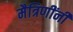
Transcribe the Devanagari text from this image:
मैत्रिणींनी